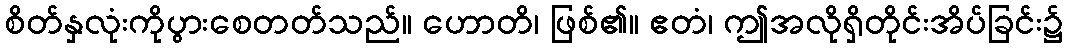
စိတ်နှလုံးကိုပွားစေတတ်သည်။ ဟောတိ၊ ဖြစ်၏။ ဧတံ၊ ဤအလိုရှိတိုင်းအိပ်ခြင်း၌